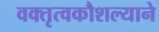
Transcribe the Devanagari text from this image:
वक्तृत्वकौशल्याने